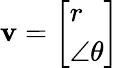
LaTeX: \mathbf{v}=\left[{\begin{array}{l}{r}\\ {\angle\theta}\end{array}}\right]